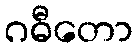
ဂဓီတော